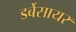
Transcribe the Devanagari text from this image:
डर्बेसायर